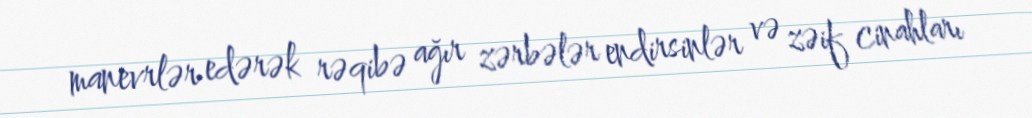
manevrlər edərək rəqibə ağır zərbələr endirsinlər və zəif cinahları